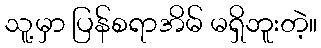
သူ့မှာ ပြန်စရာအိမ် မရှိဘူးတဲ့။